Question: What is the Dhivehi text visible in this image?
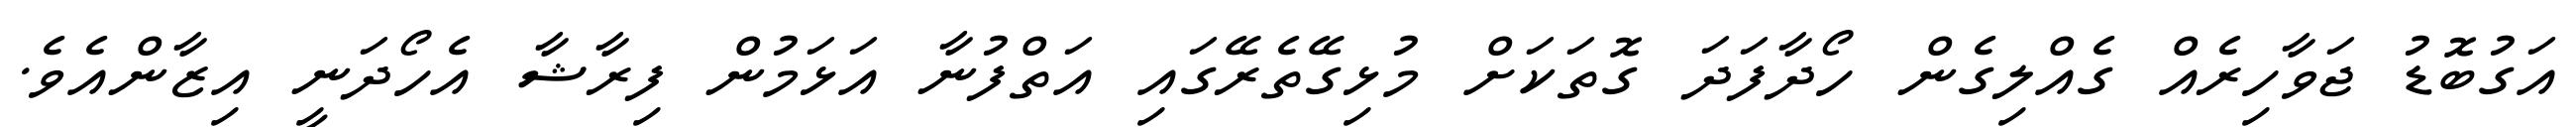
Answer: އަގުބޮޑު ޖަވާހިރެއް ގެއްލިގެން ހޯދާފަދަ ގޮތަކަށް މުޅިގޭތެރޭގައި އަތްފުނާ އަޅަމުން ފިރާޝާ އެހޯދަނީ އިޒާންއެވެ.